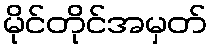
မိုင်တိုင်အမှတ်